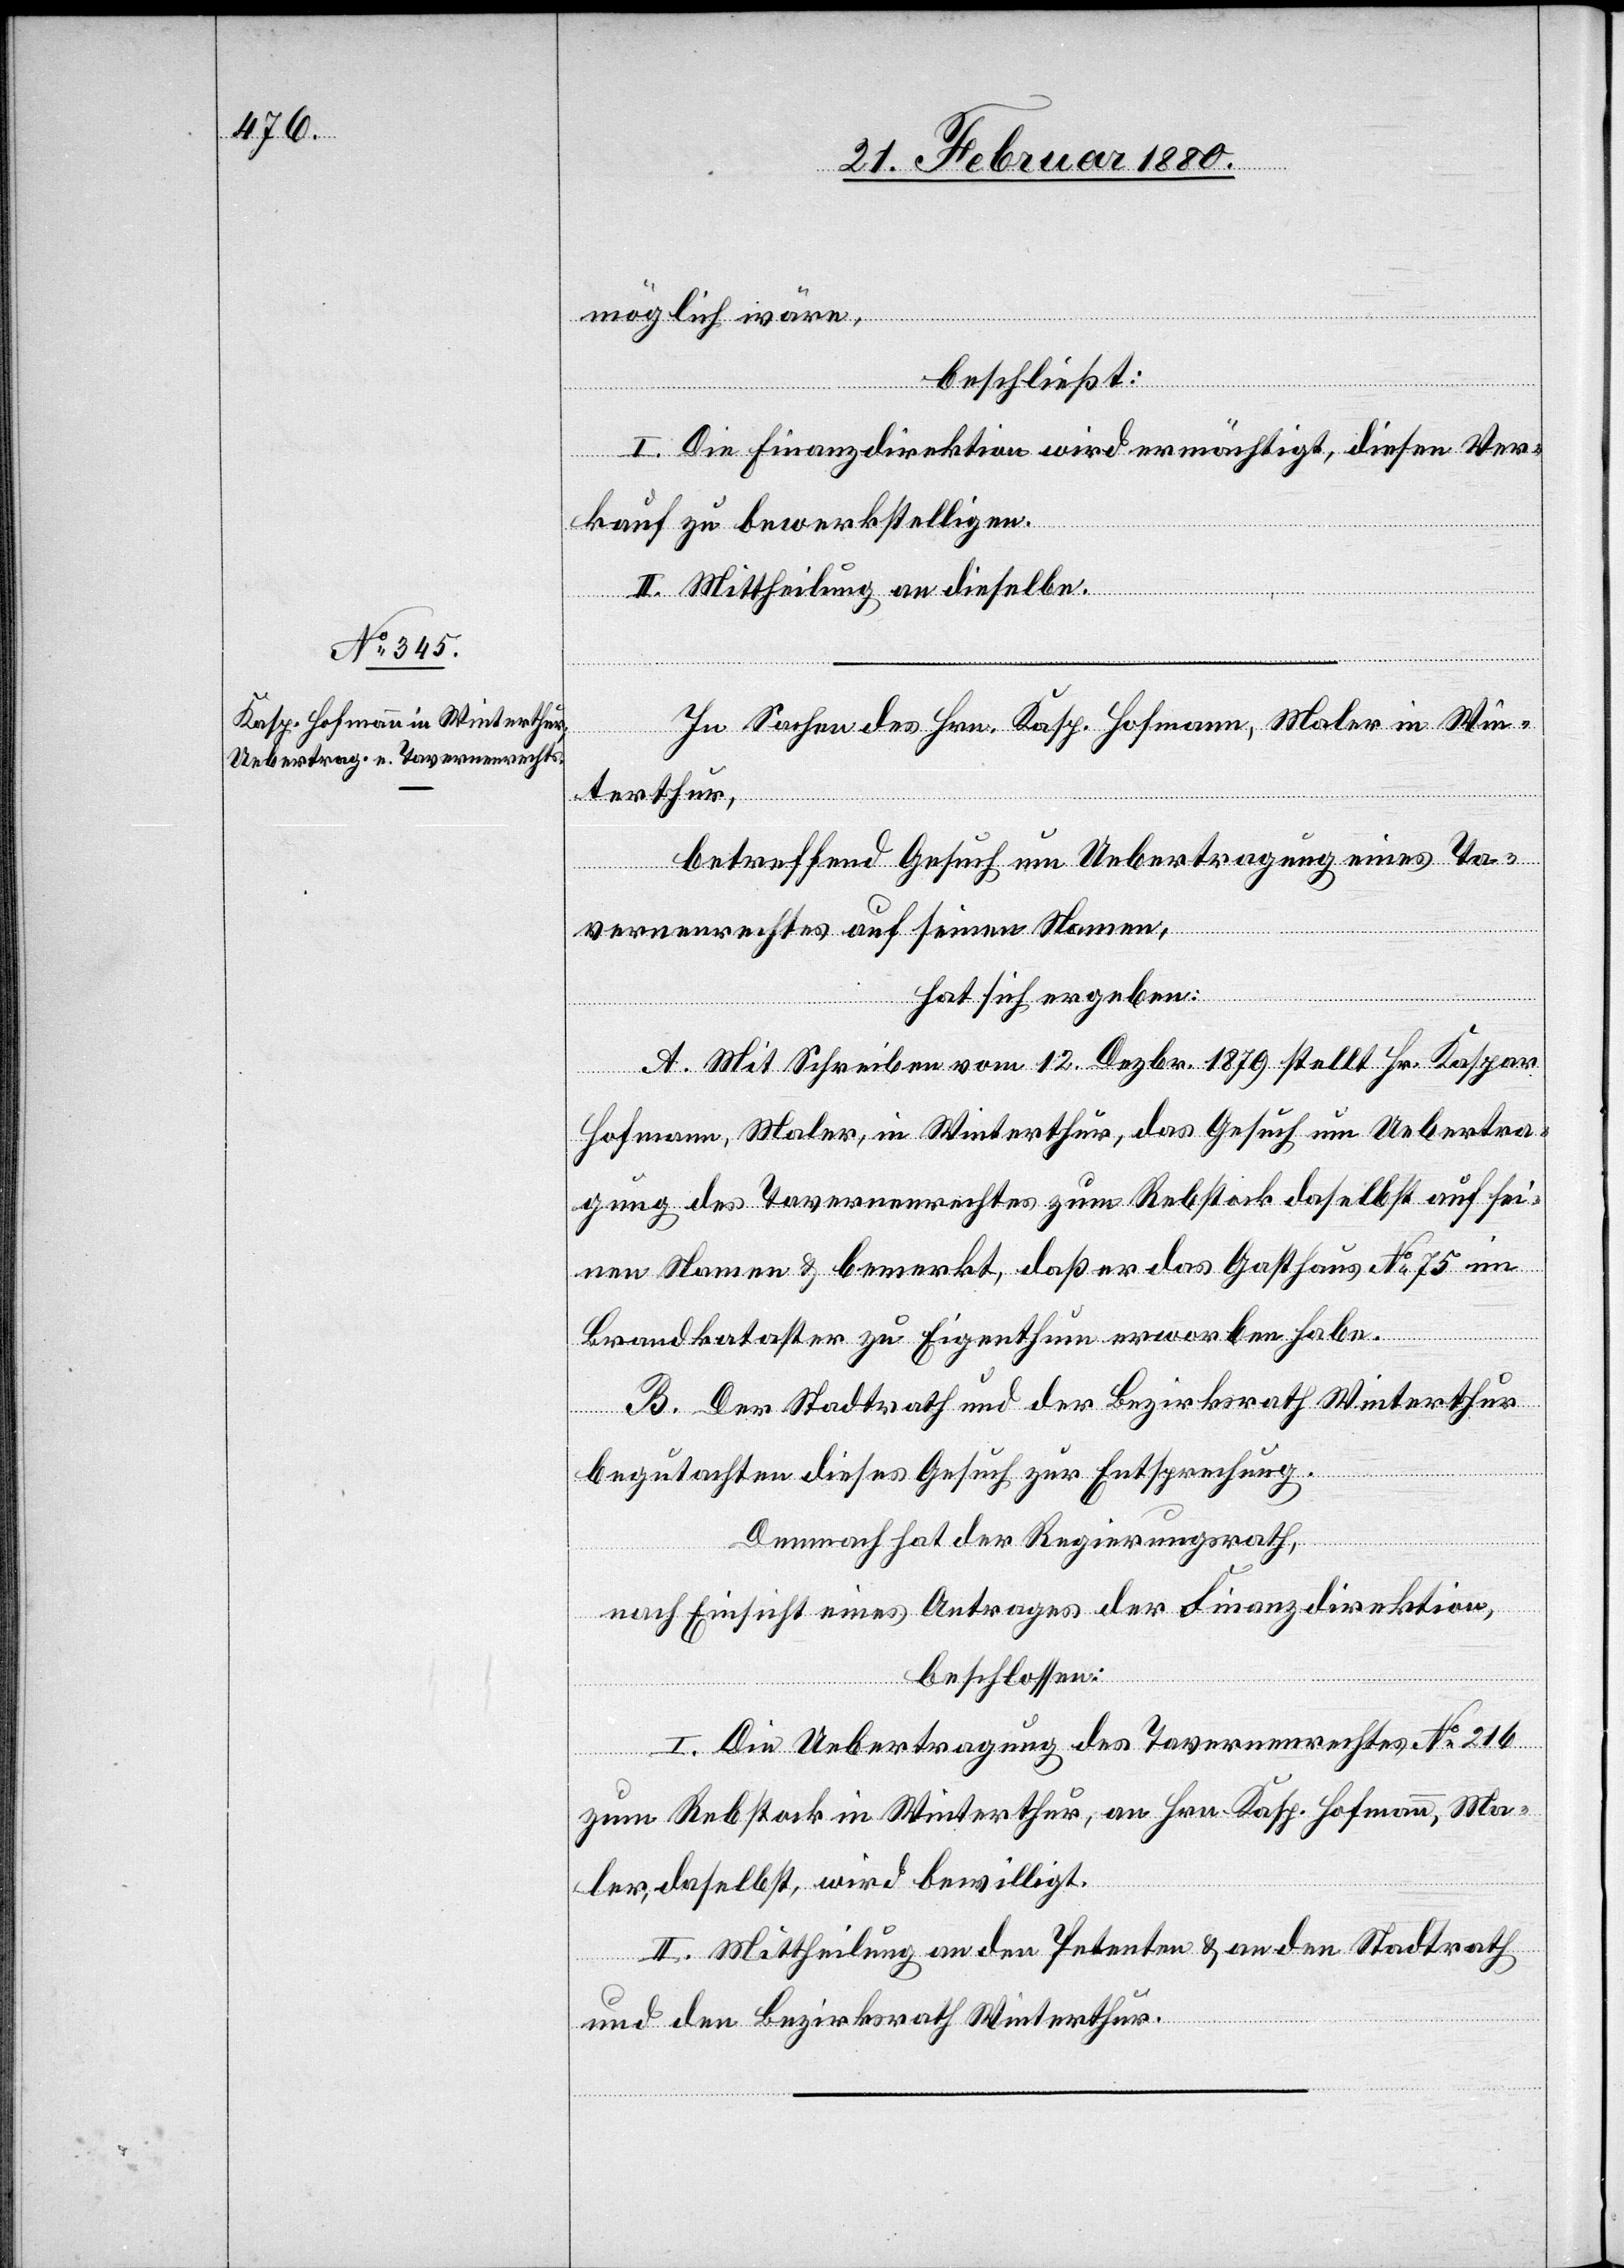
möglich wäre,
beschließt:
I. Die Finanzdirektion wird ermächtigt, diesen Ver¬
kauf zu bewerkstelligen.
II. Mittheilung an dieselbe.
In Sachen des Hrn. Kasp. Hofmann, Maler in Win¬
terthur,
betreffend Gesuch um Uebertragung eines Ta¬
vernenrechtes auf seinen Namen,
hat sich ergeben:
A. Mit Schreiben vom 12. Dezbr. 1879 stellt Hr. Kaspar
Hofmann, Maler, in Winterthur, das Gesuch um Uebertra¬
gung des Tavernenrechtes zum Rebstock daselbst auf sei¬
nen Namen & bemerkt, daß er das Gasthaus No 75 im
Brandkataster zu Eigenthum erworben habe.
B. Der Stadtrath und der Bezirksrath Winterthur
begutachten dieses Gesuch zur Entsprechung.
Demnach hat der Regierungsrath,
nach Einsicht eines Antrages der Finanzdirektion,
beschlossen:
I. Die Uebertragung des Tavernenrechtes No 216
zum Rebstock in Winterthur, an Hrn. Kasp. Hofmann, Ma¬
ler, daselbst, wird bewilligt.
II. Mittheilung an den Petenten & an den Stadtrath
und den Bezirksrath Winterthur.